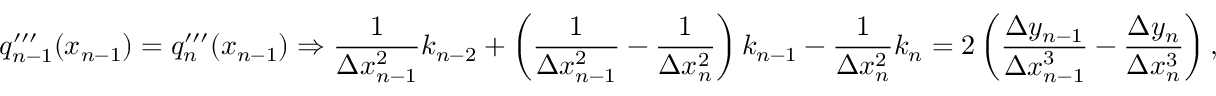
q _ { n - 1 } ^ { \prime \prime \prime } ( x _ { n - 1 } ) = q _ { n } ^ { \prime \prime \prime } ( x _ { n - 1 } ) \Rightarrow { \frac { 1 } { \Delta x _ { n - 1 } ^ { 2 } } } k _ { n - 2 } + \left( { \frac { 1 } { \Delta x _ { n - 1 } ^ { 2 } } } - { \frac { 1 } { \Delta x _ { n } ^ { 2 } } } \right) k _ { n - 1 } - { \frac { 1 } { \Delta x _ { n } ^ { 2 } } } k _ { n } = 2 \left( { \frac { \Delta y _ { n - 1 } } { \Delta x _ { n - 1 } ^ { 3 } } } - { \frac { \Delta y _ { n } } { \Delta x _ { n } ^ { 3 } } } \right) ,